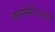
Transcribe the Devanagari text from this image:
क्लोमेथिअजोले